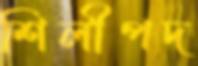
শিলীপদ